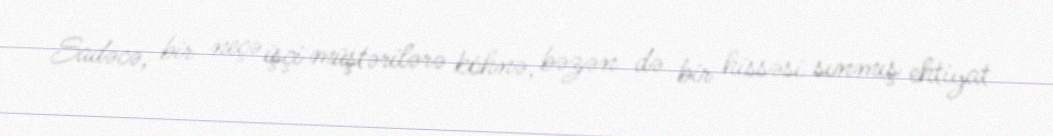
Sadəcə, bir neçə işçi müştərilərə köhnə, bəzən də bir hissəsi sınmış ehtiyat